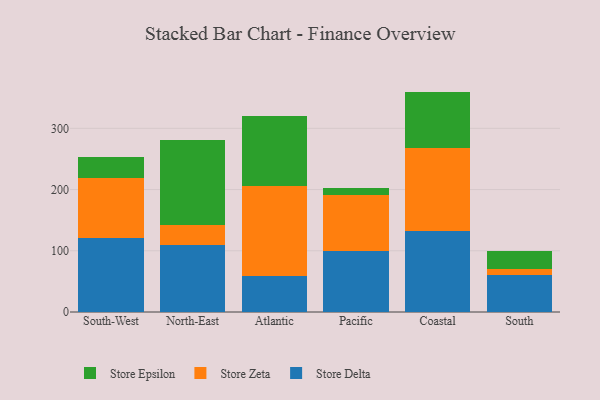
{"axis": {"x": "Region", "y": "Page Views"}, "legend": ["Store Delta", "Store Epsilon", "Store Zeta"], "data": [{"x": "South-West", "y": 121.4, "type": "Store Delta"}, {"x": "South-West", "y": 96.9, "type": "Store Zeta"}, {"x": "South-West", "y": 35.0, "type": "Store Epsilon"}, {"x": "North-East", "y": 108.9, "type": "Store Delta"}, {"x": "North-East", "y": 32.5, "type": "Store Zeta"}, {"x": "North-East", "y": 140.1, "type": "Store Epsilon"}, {"x": "Atlantic", "y": 59.0, "type": "Store Delta"}, {"x": "Atlantic", "y": 146.9, "type": "Store Zeta"}, {"x": "Atlantic", "y": 114.7, "type": "Store Epsilon"}, {"x": "Pacific", "y": 99.6, "type": "Store Delta"}, {"x": "Pacific", "y": 90.7, "type": "Store Zeta"}, {"x": "Pacific", "y": 11.9, "type": "Store Epsilon"}, {"x": "Coastal", "y": 131.5, "type": "Store Delta"}, {"x": "Coastal", "y": 135.7, "type": "Store Zeta"}, {"x": "Coastal", "y": 92.8, "type": "Store Epsilon"}, {"x": "South", "y": 60.5, "type": "Store Delta"}, {"x": "South", "y": 10.5, "type": "Store Zeta"}, {"x": "South", "y": 29.1, "type": "Store Epsilon"}]}